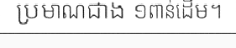
ប្រមាណជាង ១ពាន់ដើម។